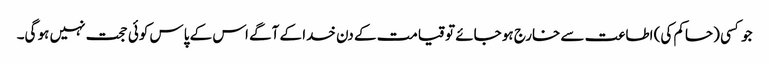
جو کسی (حاکم کی) اطاعت سے خارج ہو جائے تو قیامت کے دن خدا کے آگے اس کے پاس کوئی حجت نہیں ہو گی۔